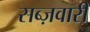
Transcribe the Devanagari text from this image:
सब्ज़वारी